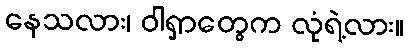
နေသလား၊ ဝါရှာတွေက လုံရဲ့လား။